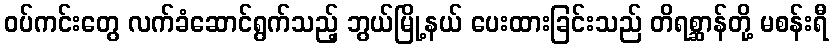
ဝပ်ကင်းတွေ လက်ခံဆောင်ရွက်သည့် ဘွယ်မြို့နယ် ပေးထားခြင်းသည် တိရစ္ဆာန်တို့ မစန်းရီ